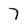
Character: 7